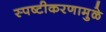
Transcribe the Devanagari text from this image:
स्पष्टीकरणामुळे